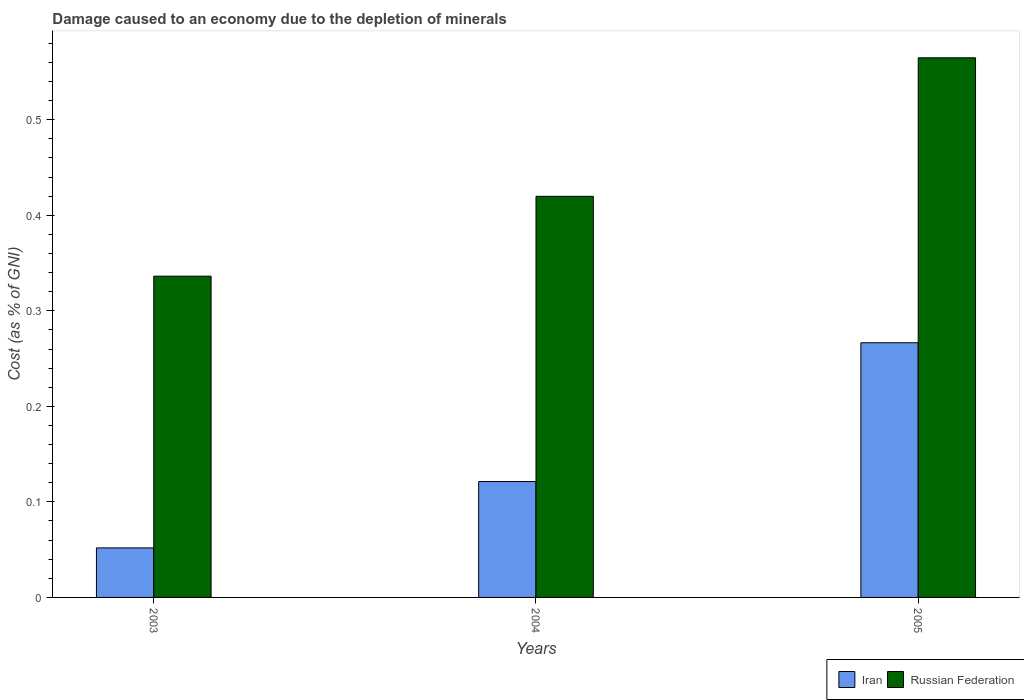
| Years | Iran | Russian Federation |
 | --- | --- | --- |
 | 2003 | 0.0518 | 0.336 |
 | 2004 | 0.121 | 0.42 |
 | 2005 | 0.267 | 0.565 |